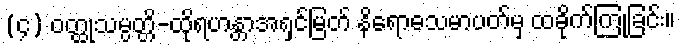
(၄) ဝတ္ထုသမ္ပတ္တိ-ထိုရဟန္တာအရှင်မြတ် နိရောဓသမာပတ်မှ ထခိုက်ကြုံခြင်း။